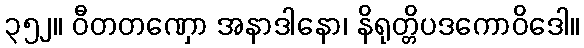
၃၅၂။ ဝီတတဏှော အနာဒါနော၊ နိရုတ္တိပဒကောဝိဒေါ။